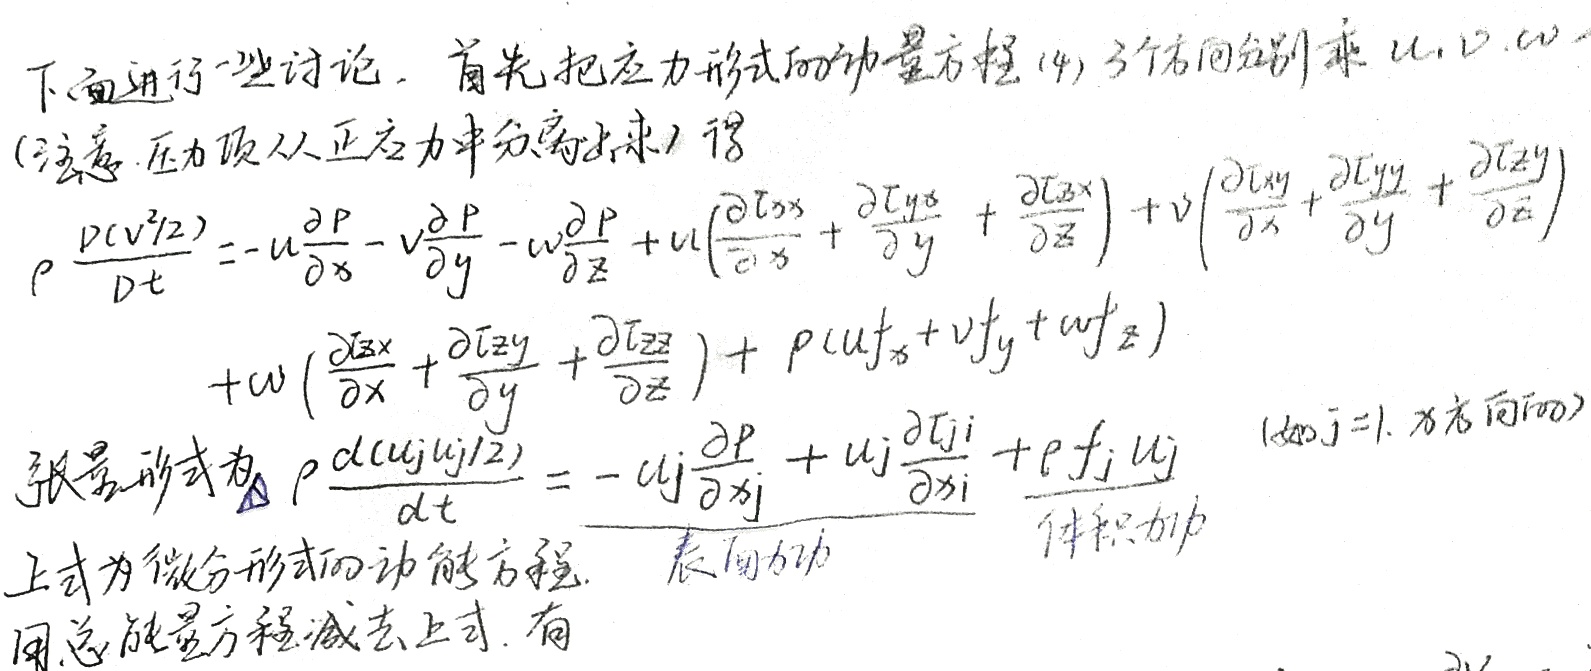
下面进行一些讨论。首先把应力形式的动量方程(4) 3个方向分别乘 \(u,v,w\)
(注意压力项从正应力中分离出来) 得
\[
\begin{align*}
\rho\frac{D(v^{2}/2)}{Dt}=&-u\frac{\partial P}{\partial x}-v\frac{\partial P}{\partial y}-w\frac{\partial P}{\partial z}+u\left(\frac{\partial \tau_{xx}}{\partial x}+\frac{\partial \tau_{yx}}{\partial y}+\frac{\partial \tau_{zx}}{\partial z}\right)+v\left(\frac{\partial \tau_{xy}}{\partial x}+\frac{\partial \tau_{yy}}{\partial y}+\frac{\partial \tau_{zy}}{\partial z}\right)\\
&+w\left(\frac{\partial \tau_{xz}}{\partial x}+\frac{\partial \tau_{yz}}{\partial y}+\frac{\partial \tau_{zz}}{\partial z}\right)+\rho(uf_{x}+vf_{y}+wf_{z})
\end{align*}
\]
张量形式为 \(\rho\frac{d(u_{j}u_{j}/2)}{dt}=-u_{j}\frac{\partial P}{\partial x_{j}}+u_{j}\frac{\partial \tau_{ji}}{\partial x_{i}}+\frac{\rho f_{j}u_{j}}{体积力功}\)  (如\(j = 1\), \(x\)方向的)
上式为微分形式的动能方程. 表面力功
用总能量方程减去上式. 有